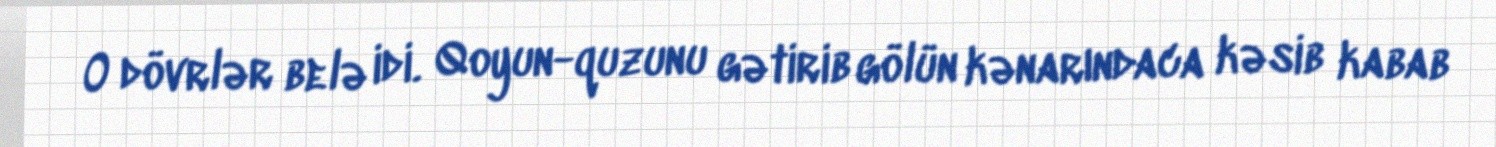
O dövrlər belə idi. Qoyun-quzunu gətirib gölün kənarındaca kəsib kabab